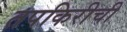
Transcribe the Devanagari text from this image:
तपकिरीची